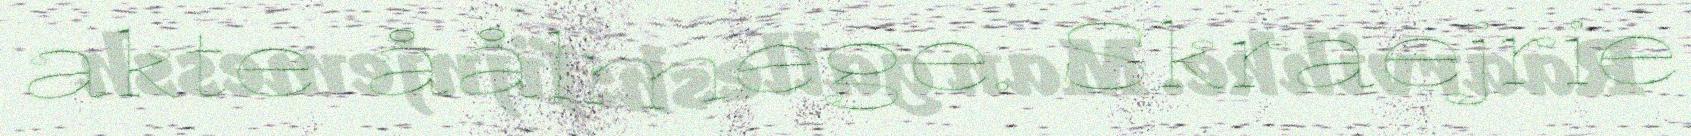
akte åålmege. Skraejrie